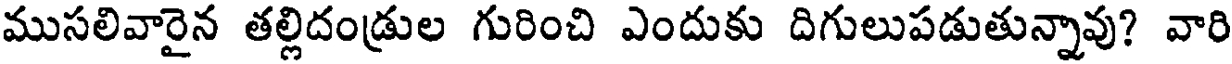
ముసలివారైన తల్లిదండ్రుల గురించి ఎందుకు దిగులుపడుతున్నావు? వారి